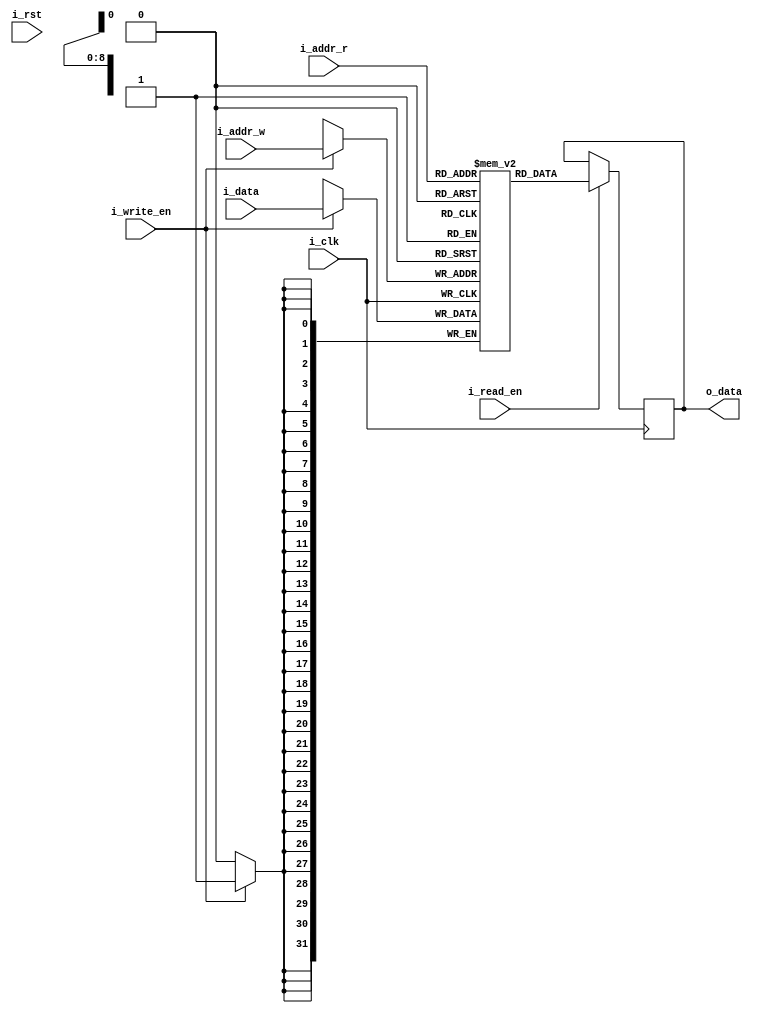
`timescale 1ns / 1ps
//assuming 64states, 4 actions, 256 s+a
//state: 5:0 action: 1:0    s+a: 7:0 
//q values stored on BRAM
module qtable #(parameter ADDR_WIDTH = 9, DATA_WIDTH = 32, DEPTH = 512) (
    input wire i_clk,
    input wire i_rst,
    input wire [ADDR_WIDTH-1:0] i_addr_r, 
    input wire [ADDR_WIDTH-1:0] i_addr_w, 
    input wire i_read_en,
    input wire i_write_en,
    input wire [DATA_WIDTH-1:0] i_data,
    output reg [DATA_WIDTH-1:0] o_data
    //output reg [DATA_WIDTH-1:0] o_data2 
    ); 
    integer i;
    reg [DATA_WIDTH-1:0] memory_array [0:DEPTH-1]; 
    
    /*
    initial begin   
     memory_array[0] <= 0;     
        for (i=0;i<DEPTH;i=i+1) begin
            memory_array[i] <= 8'b0000_0000;
        end
     //$readmemb("C:\Users\myuan\Desktop\q-learning-accel-fpga\qt_mem_init.txt",memory_array);
    end*/
    generate
     //memory_array[0] <= 0;
     integer ii;
     initial
        for (ii=0;ii<DEPTH;ii=ii+1) begin
            memory_array[ii] <= {DATA_WIDTH{1'b0}};
        end    
    endgenerate     
    always @ (posedge i_clk)
    begin
           /* if (i_rst) begin   
             memory_array[0] <= 0;     
                for (i=0;i<DEPTH;i=i+1) begin
                    memory_array[i] <= 24'b0000_0000_0000_0000_0000_0000;
                end
             //$readmemb("C:\Users\myuan\Desktop\q-learning-accel-fpga\qt_mem_init.txt",memory_array);
            end*/
            if(i_write_en) begin
                memory_array[i_addr_w] <= i_data;
                //$display("q written %02h in: %08b", i_data, i_addr_w);
            end
            if(i_read_en) begin
                o_data <= memory_array[i_addr_r];
                //$display("q read %02h from: %08b", o_data, i_addr_r);
            end     
    end
endmodule